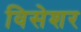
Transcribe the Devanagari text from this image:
विसेशर